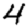
Digit: 4